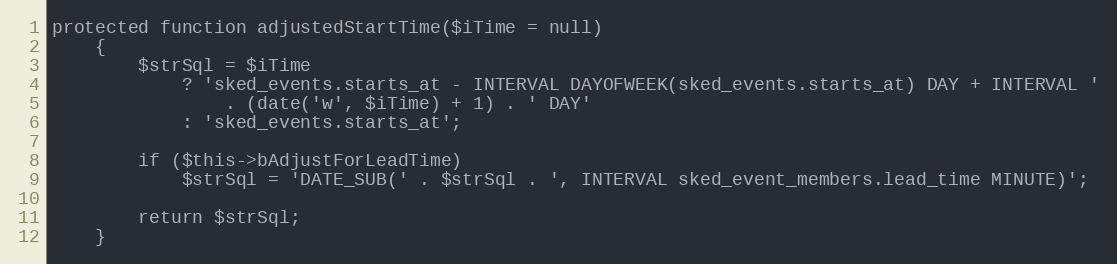
Language: PHP
protected function adjustedStartTime($iTime = null)
    {
        $strSql = $iTime
            ? 'sked_events.starts_at - INTERVAL DAYOFWEEK(sked_events.starts_at) DAY + INTERVAL '
                . (date('w', $iTime) + 1) . ' DAY'
            : 'sked_events.starts_at';

        if ($this->bAdjustForLeadTime)
            $strSql = 'DATE_SUB(' . $strSql . ', INTERVAL sked_event_members.lead_time MINUTE)';

        return $strSql;
    }